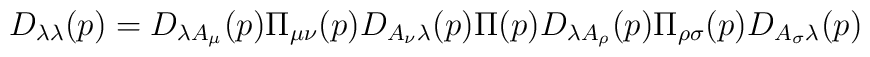
D_{\lambda \lambda}(p)=D_{\lambda A_{\mu}}(p) \Pi_{\mu \nu}(p)D_{A_{\nu} \lambda}(p) \Pi(p)D_{\lambda A_{\rho}}(p) \Pi_{\rho \sigma}(p)D_{A_{\sigma} \lambda}(p)